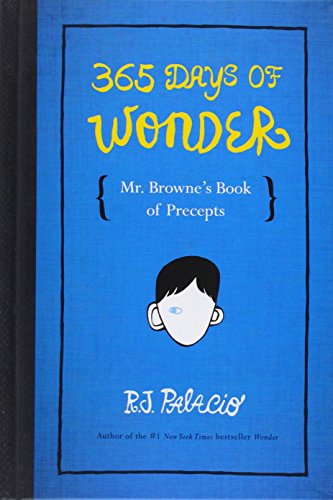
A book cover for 365 Days of Wonder: Mr. Browne's Book of Precepts; R. J. Palacio; Children's Books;